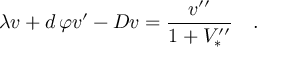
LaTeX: \lambda v + d \, \varphi v ^ { \prime } - D v = { \frac { v ^ { \prime \prime } } { 1 + V _ { * } ^ { \prime \prime } } } \quad .